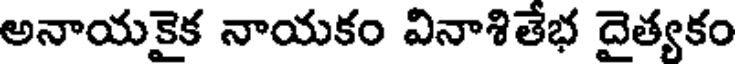
అనాయకైక నాయకం వినాశితేభ దైత్యకం